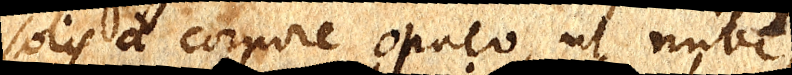
solis a corpore opaco, ut nube,